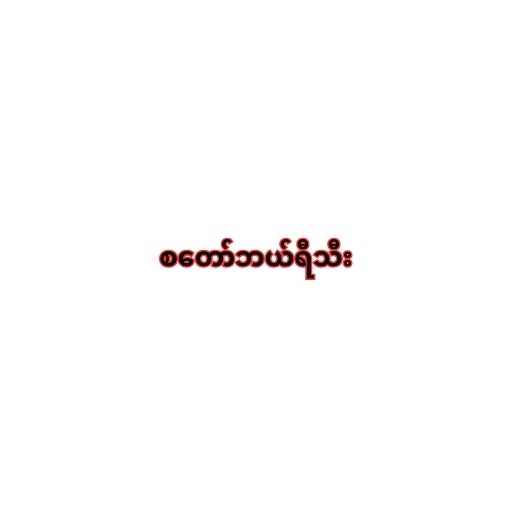
စတော်ဘယ်ရီသီး